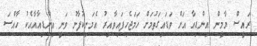
ރައީސް ޔާމީން އިންޑިއާ އަށް ވަޑައިގަތުމަށް ހަމަޖެހިފައިވާއިރު އެމަނިކުފާނު ވަނީ އިންޑިއާއާއެކު ހާއްސަ